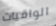
الواقيات